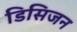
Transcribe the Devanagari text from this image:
डिसिजन